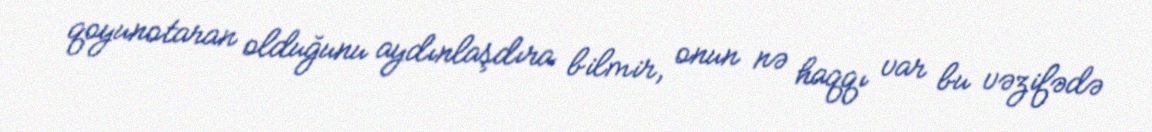
qoyunotaran olduğunu aydınlaşdıra bilmir, onun nə haqqı var bu vəzifədə